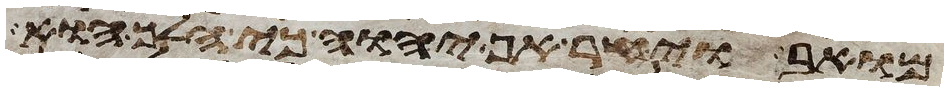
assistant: מואב ויחר אף יהוה כי הלך הוא